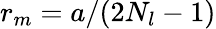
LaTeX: r_{m}=a/(2N_{l}-1)